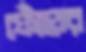
ফোঁড়ের